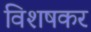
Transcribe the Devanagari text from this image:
विशषकर